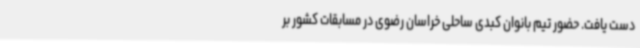
دست یافت. حضور تیم بانوان کبدی ساحلی خراسان رضوی در مسابقات کشور بر